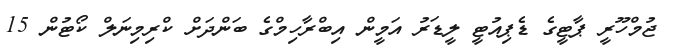
ޖުމްހޫރީ ޕާޓީގެ ޑެޕިއުޓީ ލީޑަރު އަމީން އިބްރާހިމްގެ ބަންދަށް ކްރިމިނަލް ކޯޓުން 15